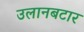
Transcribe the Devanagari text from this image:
उलानबटार